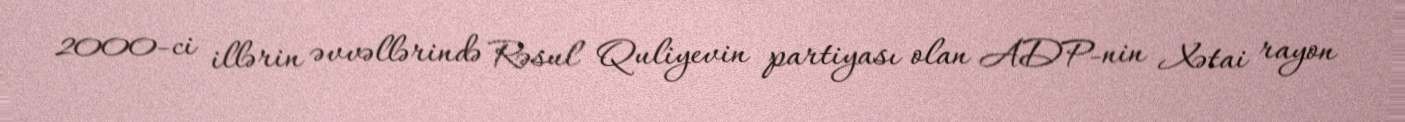
2000-ci illərin əvvəllərində Rəsul Quliyevin partiyası olan ADP-nin Xətai rayon